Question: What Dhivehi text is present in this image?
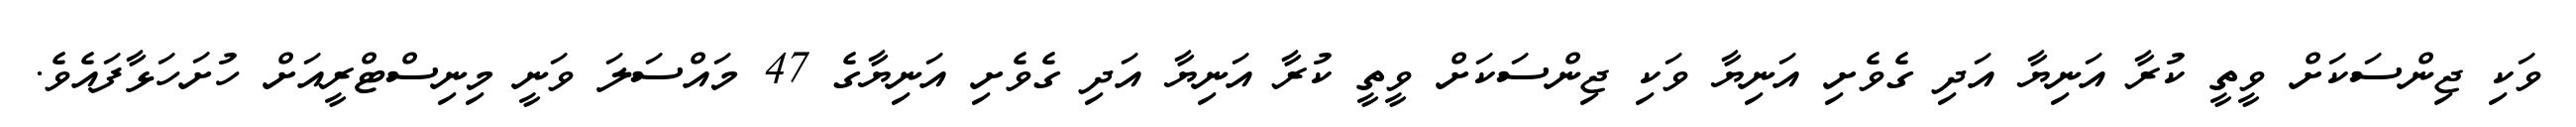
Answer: ވަކި ޖިންސަކަށް ވީތީ ކުރާ އަނިޔާ އަދި ގެވެށި އަނިޔާ ވަކި ޖިންސަކަށް ވީތީ ކުރާ އަނިޔާ އަދި ގެވެށި އަނިޔާގެ 47 މައްސަލަ ވަނީ މިނިސްޓްރީއަށް ހުށަހަޅާފައެވެ.